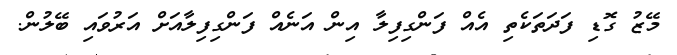
މޭޒު ގޮޑި ފަދަތަކެތި އެއް ފަންގިފިލާ އިން އަނެއް ފަންގިފިލާއަށް އަރުވައި ބޭލުން.